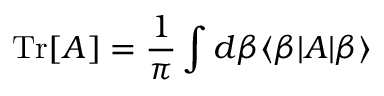
\mathrm { T r } [ A ] = \frac { 1 } { \pi } \int d \beta \langle \beta | A | \beta \rangle